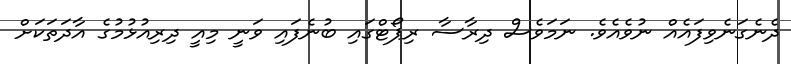
ދެނެގަނެވިފައެއް ނުވެއެވެ. ނަމަވެސް ދިރާސާ ރިޕޯޓްގައި ބުނެފައި ވަނީ މިއީ ދިރިއުޅުމުގެ އާދަތަކަށް